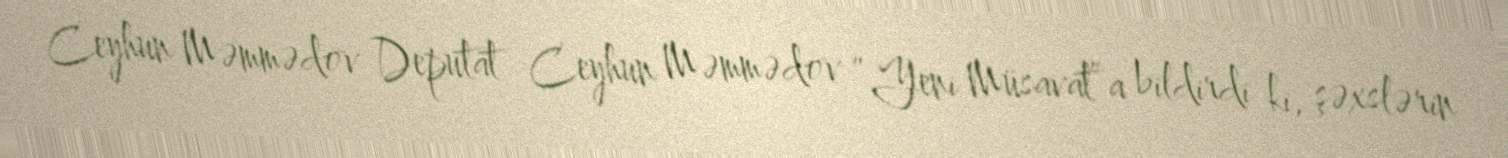
Ceyhun Məmmədov Deputat Ceyhun Məmmədov “Yeni Müsavat”a bildirdi ki, şəxslərin